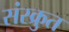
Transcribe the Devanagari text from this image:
संस्क्रुत